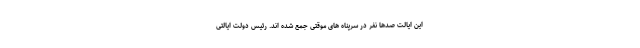
این ایالت صدها نفر در سرپناه های موقتی جمع شده اند. رئیس دولت ایالتی